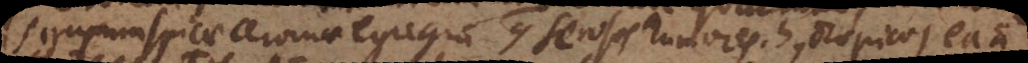
sirupum spicae cervinae egregium contra serosos humores, hydropicos ea a